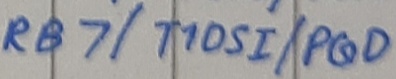
Text: RB7/T10SI/PGD